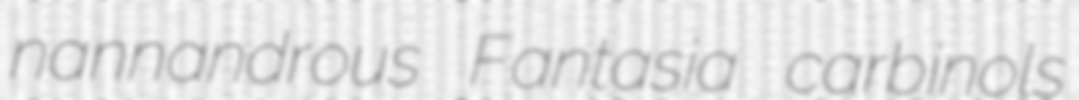
nannandrous Fantasia carbinols